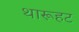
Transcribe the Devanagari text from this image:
थारूहट